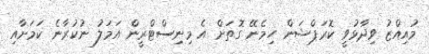
މުއިއްޒު ވިދާޅުވީ ކޮރަޕްޝަން ހިމެނޭ ގޮތަށް އެ މިނިސްޓްރީން އަމަލު ނުކުރާނެ ކަމަށާއި